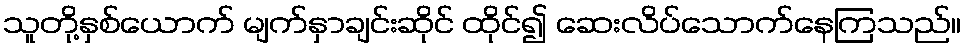
သူတို့နှစ်ယောက် မျက်နှာချင်းဆိုင် ထိုင်၍ ဆေးလိပ်သောက်နေကြသည်။